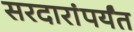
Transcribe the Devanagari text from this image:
सरदारांपर्यंत